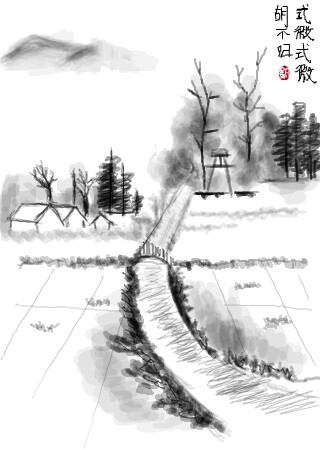
田夫荷锄至，相见语依依。